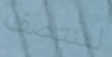
لمنتصف